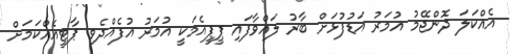
އެއްކަލަ ދޮންޖޭމު އުމަރު އަޑުފުޅަށް ބާރު ލައްވާފައި ޕީޕީއެމަކީ އުމަރު އުފެއްދެވި ޕާޓީއެއްކަމަށް